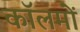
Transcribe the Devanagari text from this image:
काॅलमों